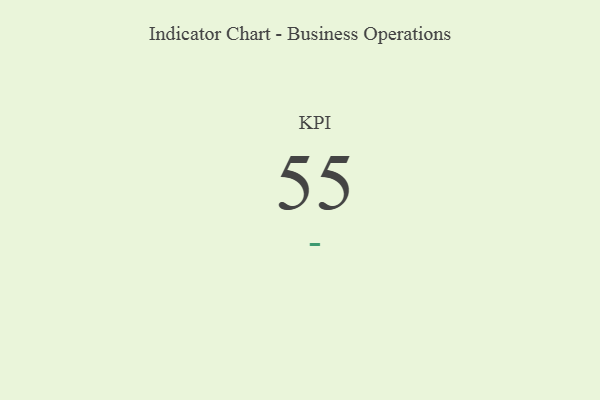
{"axis": {"x": "KPI", "y": "Value"}, "legend": [""], "data": [{"x": "KPI", "y": 55, "type": ""}]}